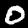
Label: 0